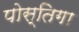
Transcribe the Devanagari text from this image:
पोस्तिगा